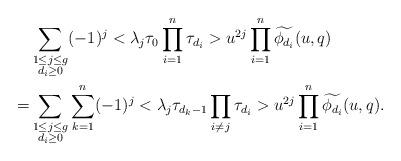
LaTeX: \begin{align*}&\sum_{\substack{1\leq j\leq g\\d_i\geq 0}}(-1)^j<\lambda_j \tau_0\prod_{i=1}^n\tau_{d_i}>u^{2j}\prod_{i=1}^n\widetilde{\phi_{d_i}}(u,q) \\=&\sum_{\substack{1\leq j\leq g\\d_i\geq 0}}\sum_{k=1}^n(-1)^j<\lambda_j \tau_{d_k-1}\prod_{i\neq j}\tau_{d_i}>u^{2j}\prod_{i=1}^n\widetilde{\phi_{d_i}}(u,q).\end{align*}